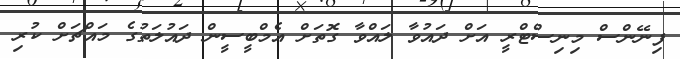
ފިނޭންސް މިނިސްޓްރީ އަށް ދައުވާ ލައްވާ ގޮތަށް އެމްބީސީން ދައުލަތުގެ މައްޗަށް ކުރި